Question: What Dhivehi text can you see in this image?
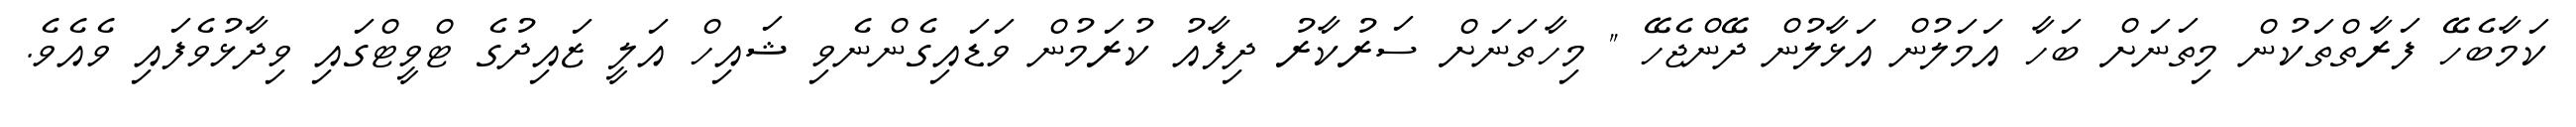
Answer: ކަމާބެހޭ ފަރާތްތަކުން މިތަނަށް ބަހާ އަމަލުން އަޅާލުން ދޭންޖެހޭ " މިހާތަނަށް ސަރުކާރު ދިފާއު ކުރަމުން ވަޑައިގެންނެވި ޝައިހް އަލީ ޒައިދުގެ ޓްވީޓްގައި ވިދާޅުވެފައި ވެއެވެ.